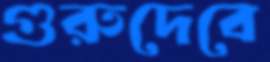
গুরুদেবে